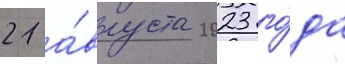
21 а́вгуста 2023 го́да